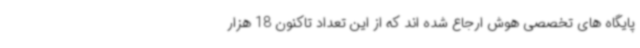
پایگاه های تخصصی هوش ارجاع شده اند که از این تعداد تاکنون 18 هزار